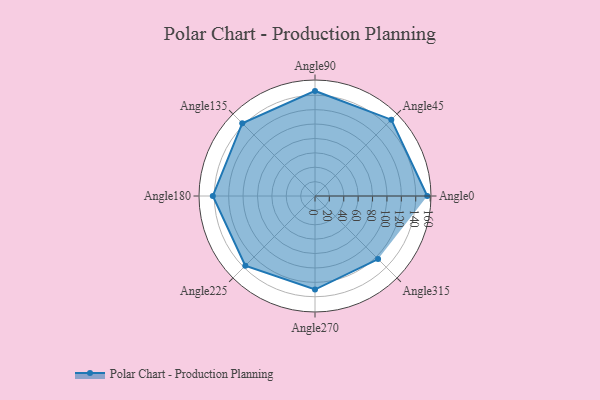
{"axis": {"x": "Angle", "y": "Radius"}, "legend": [""], "data": [{"x": "Angle0", "y": 156.0, "type": ""}, {"x": "Angle45", "y": 150.0, "type": ""}, {"x": "Angle90", "y": 146.0, "type": ""}, {"x": "Angle135", "y": 143.0, "type": ""}, {"x": "Angle180", "y": 142.0, "type": ""}, {"x": "Angle225", "y": 137.0, "type": ""}, {"x": "Angle270", "y": 130.0, "type": ""}, {"x": "Angle315", "y": 124.0, "type": ""}]}